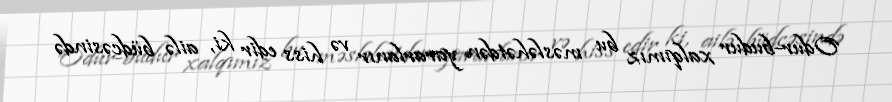
Odur-budur xalqımız bu məsləhətdən yararlanır və hiss edir ki, ailə büdcəsində